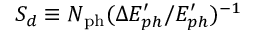
S _ { d } \equiv N _ { \mathrm { p h } } ( \Delta E _ { p h } ^ { \prime } / E _ { p h } ^ { \prime } ) ^ { - 1 }